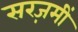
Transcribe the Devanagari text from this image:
सरज़मीं